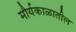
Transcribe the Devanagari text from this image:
मौर्यकाळातील